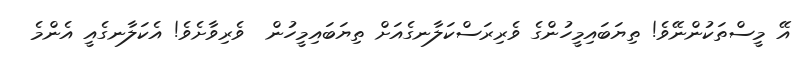
އޭ މީސްތަކުންނޭވެ! ތިޔަބައިމީހުންގެ ވެރިރަސްކަލާނގެއަށް ތިޔަބައިމީހުން  ވެރިވާށެވެ! އެކަލާނގެއީ އެންމެ